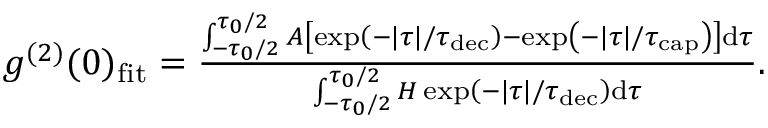
\begin{array} { r } { g ^ { ( 2 ) } ( 0 ) _ { \mathrm { f i t } } = \frac { \int _ { - \tau _ { 0 } / 2 } ^ { \tau _ { 0 } / 2 } A \left[ \exp \left( - | \tau | / \tau _ { \mathrm { d e c } } \right) - \exp \left( - | \tau | / \tau _ { \mathrm { c a p } } \right) \right] \mathrm { d } \tau } { \int _ { - \tau _ { 0 } / 2 } ^ { \tau _ { 0 } / 2 } H \exp \left( - | \tau | / \tau _ { \mathrm { d e c } } \right) \mathrm { d } \tau } . } \end{array}